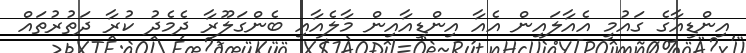
އިންޑިއާގެ ގައުމީ އެއާލައިން އެއާ އިންޑިއާއިން މާލެއާއި ބެންގަލޫރާ ދެމެދު ކުރާ ދަތުރުތައް